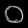
Digit: ၀